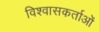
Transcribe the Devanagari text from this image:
विश्वासकर्ताओं